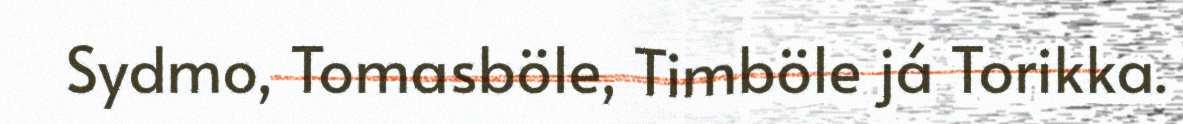
Sydmo, Tomasböle, Timböle já Torikka.